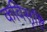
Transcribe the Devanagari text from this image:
कविसृष्टि